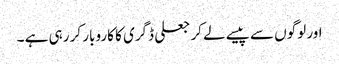
اور لوگوں سے پیسے لے کر جعلی ڈگری کا کاروبار کر رہی ہے ۔